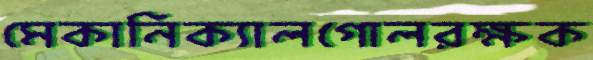
মেকানিক্যালগোলরক্ষক